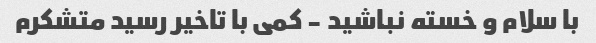
با سلام و خسته نباشید - کمی با تاخیر رسید متشکرم